Leaving Certificate Examination, 1914
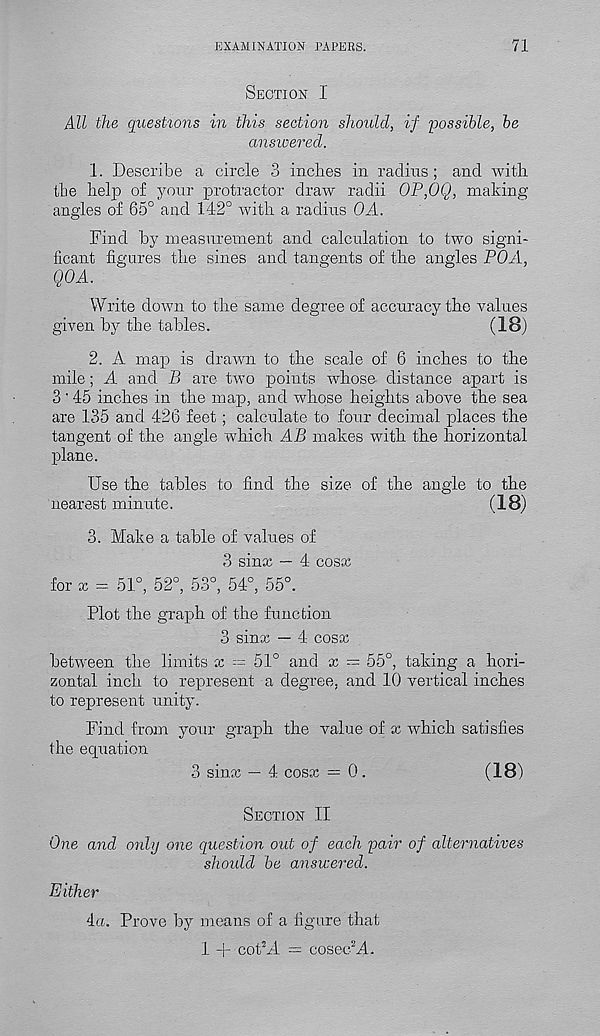
EXAMINATION PAPERS.
71
Section I
All the questions in this section should, if 'possible, he
answered.
1. Describe a circle 3 inches in radius ; and with
the help of your protractor draw radii OP,OQ, making
angles of 65° and 142° with a radius OA.
Find by measurement and calculation to two signi-
ficant figures the sines and tangents of the angles POA,
QOA.
Write down to the same degree of accuracy the values
given by the tables.
(IB)
2. A map is drawn to the scale of 6 inches to the
mile; A and P> are two points whose distance apart is
3'45 inches in the map, and whose heights above the sea
are 135 and 426 feet; calculate to four decimal places the
tangent of the angle which AB makes with the horizontal
plane.
Use the tables to find the size of the angle to the
nearest minute.
(18)
3. Make a table of values of
3 sinx — 4 cosx
for x = 51°, 52°, 53°, 54°, 55°.
Plot the graph of the function
3 sinx — 4 cosx
between the limits x --- 51° and x = 55°, taking a hori-
zontal inch to represent a degree, and 10 vertical inches
to represent unity.
Find from your graph the value of x which satisfies
the equation
3 sinx — 4 cosx = 0.
(18)
Section II
One and only one question out of each pair of alternatives
should he answered.
Either
4a. Prove by means of a figure that
1 + cothi = cosech4.